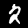
Digit: 2